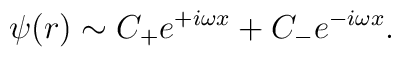
\psi(r) \sim C_+ e^{+ i \omega x} + C_- e^{-i \omega x}.